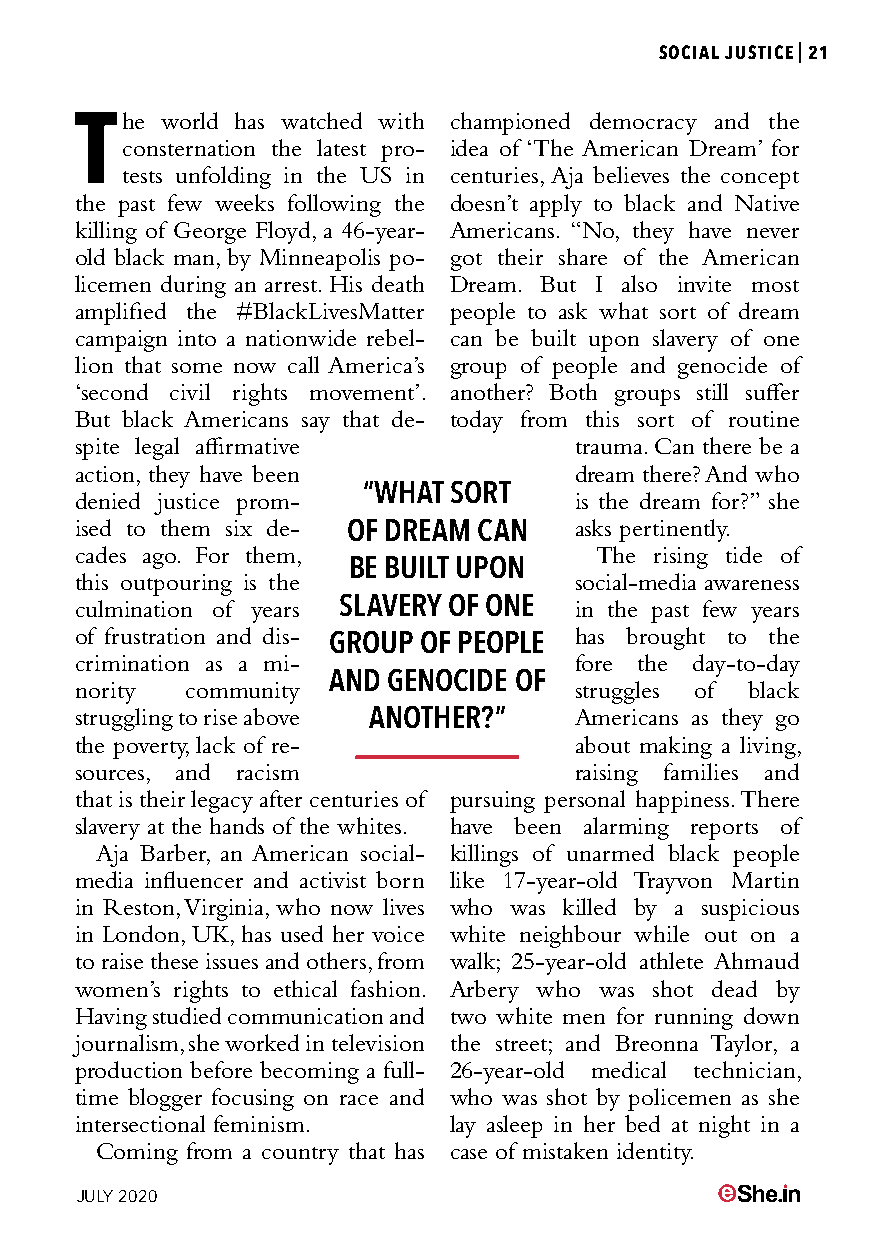
SOCIAL JUSTICE|21
 The   world has watched with championed democracy and the
 consternation the latest pro- idea of ‘The American Dream’ for
 tests unfolding in the US in centuries, Aja believes the concept
 the past few weeks following the doesn’t apply to black and Native
 killing of George Floyd, a 46-year- Americans. “No, they have never
 old black man, by Minneapolis po- got their share of the American
 licemen during an arrest. His death Dream. But I also invite most
 amplified the #BlackLivesMatter people to ask what sort of dream
 campaign into a nationwide rebel- can be built upon slavery of one
 lion that some now call America’s group of people and genocide of
 ‘second civil rights movement’. another? Both groups still suffer
 But black Americans say that de- today from this sort of routine
 spite legal affirmative          trauma. Can there be a
 action, they have been           dream there? And who
 denied justice prom- “WHAT SORT  is the dream for?” she
 ised to them six de-             asks pertinently.
 OF DREAM CAN
 cades ago. For them,              The rising tide of
 BE BUILT UPON
 this outpouring is the           social-media awareness
 culmination of years SLAVERY OF ONE in the past few years
 of frustration and dis-          has brought to the
 GROUP OF PEOPLE
 crimination as a mi-             fore the day-to-day
 nority community AND GENOCIDE OF struggles of black
 struggling to rise above ANOTHER?” Americans as they go
 the poverty, lack of re-         about making a living,
 sources, and racism              raising families and
 that is their legacy after centuries of pursuing personal happiness. There
 slavery at the hands of the whites. have been alarming reports of
 Aja Barber, an American social- killings of unarmed black people
 media influencer and activist born like 17-year-old Trayvon Martin
 in Reston, Virginia, who now lives who was killed by a suspicious
 in London, UK, has used her voice white neighbour while out on a
 to raise these issues and others, from walk; 25-year-old athlete Ahmaud
 women’s rights to ethical fashion. Arbery who was shot dead by
 Having studied communication and two white men for running down
 journalism, she worked in television the street; and Breonna Taylor, a
 production before becoming a full- 26-year-old medical technician,
 time blogger focusing on race and who was shot by policemen as she
 intersectional feminism. lay asleep in her bed at night in a
 Coming from a country that has case of mistaken identity.
 JULY 2020